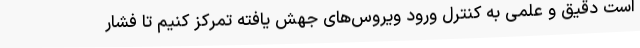
است دقیق و علمی به کنترل ورود ویروس‌های جهش یافته تمرکز کنیم تا فشار